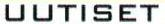
UUTISET